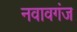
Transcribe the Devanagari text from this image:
नवावगंज